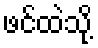
ဖင်ထဲသို့